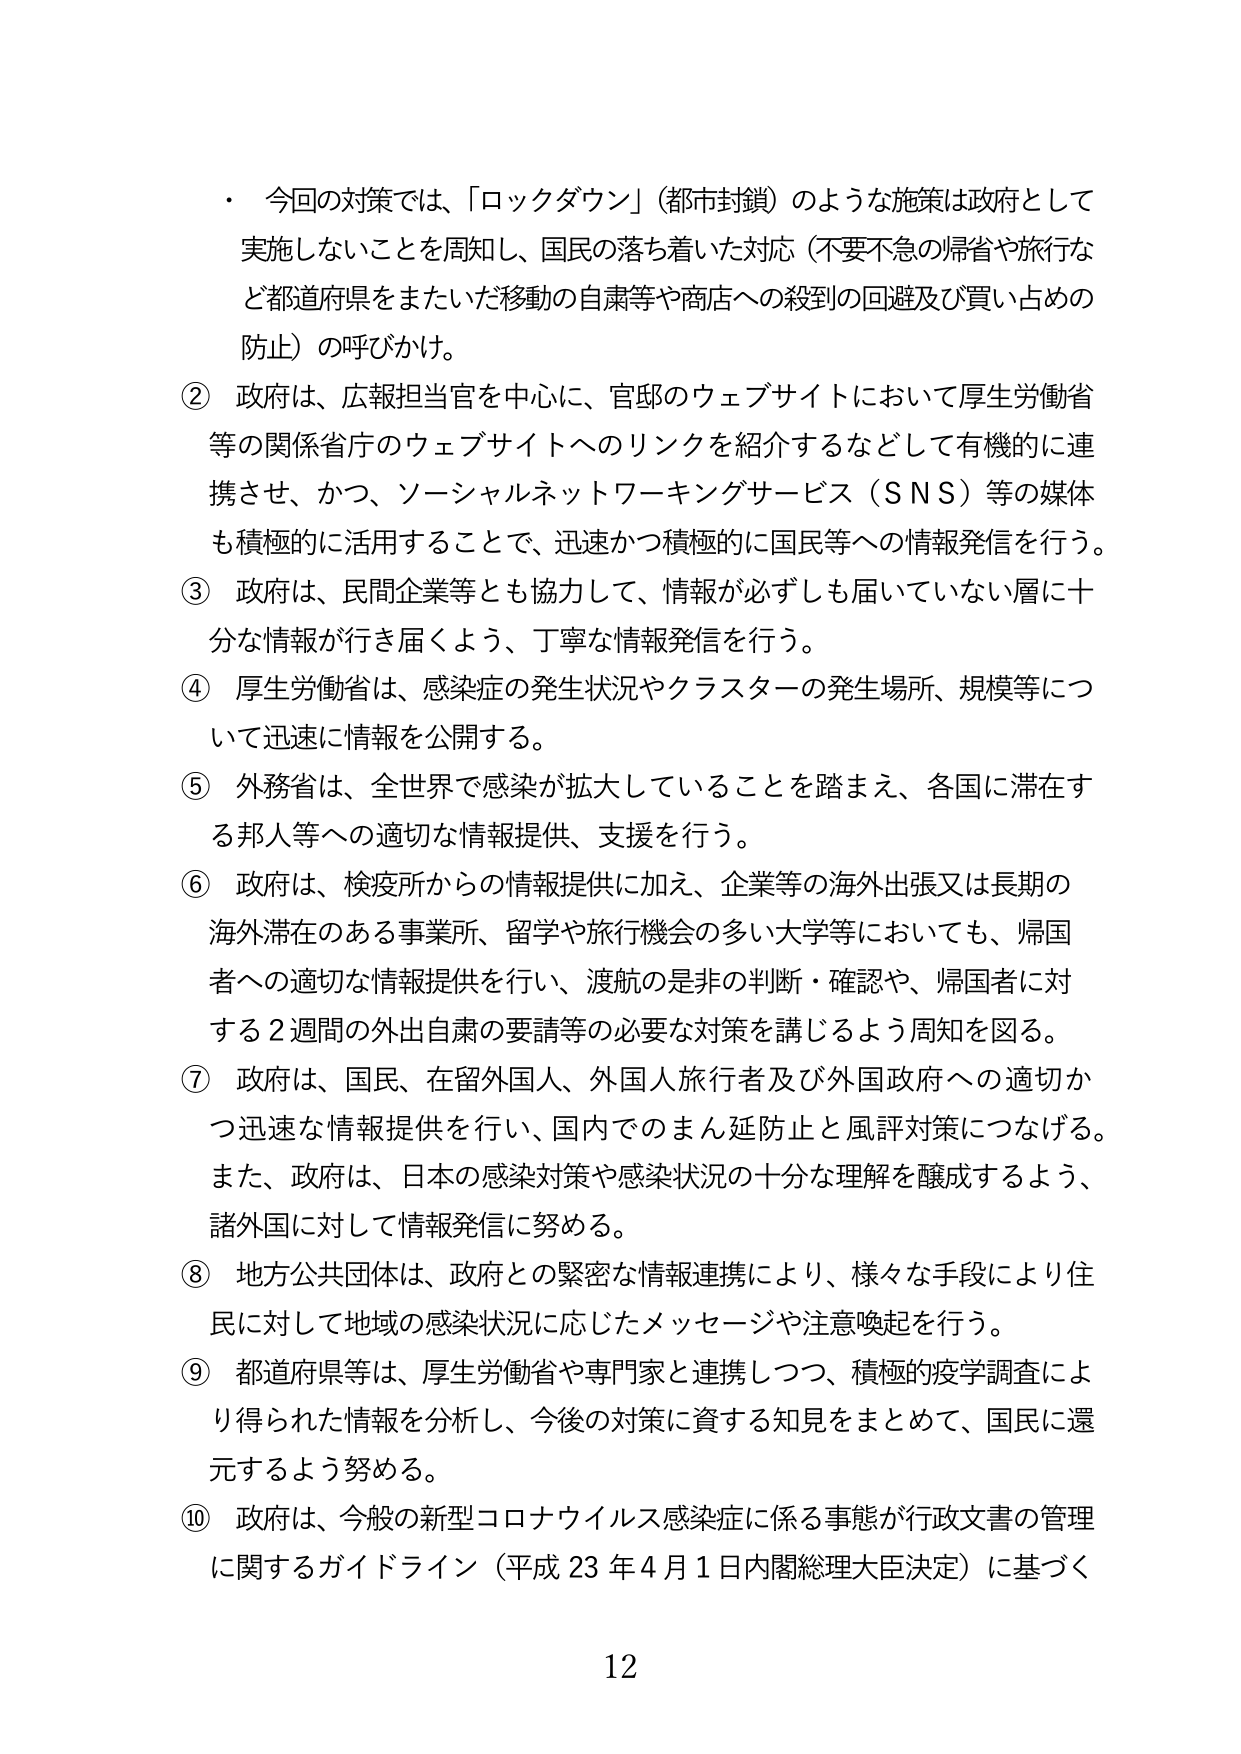
・ 今回の対策では、「ロックダウン」（都市封鎖）のような施策は政府として実施しないことを周知し、国民の落ち着いた対応（不要不急の帰省や旅行など都道府県をまたいだ移動の自粛等や商店への殺到の回避及び買い占めの防止）の呼びかけ。

② 政府は、広報担当官を中心に、官邸のウェブサイトにおいて厚生労働省等の関係省庁のウェブサイトへのリンクを紹介するなどして有機的に連携させ、かつ、ソーシャルネットワーキングサービス（SNS）等の媒体も積極的に活用することで、迅速かつ積極的に国民等への情報発信を行う。

③ 政府は、民間企業等とも協力して、情報が必ずしも届いていない層に十分な情報が行き届くよう、丁寧な情報発信を行う。

④ 厚生労働省は、感染症の発生状況やクラスターの発生場所、規模等について迅速に情報を公開する。

⑤ 外務省は、全世界で感染が拡大していることを踏まえ、各国に滞在する邦人等への適切な情報提供、支援を行う。

⑥ 政府は、検疫所からの情報提供に加え、企業等の海外出張又は長期の海外滞在のある事業所、留学や旅行機会の多い大学等においても、帰国者への適切な情報提供を行い、渡航の是非の判断・確認や、帰国者に対する2週間の外出自粛の要請等の必要な対策を講じるよう周知を図る。

⑦ 政府は、国民、在留外国人、外国人旅行者及び外国政府への適切かつ迅速な情報提供を行い、国内でのまん延防止と風評対策につなげる。また、政府は、日本の感染対策や感染状況の十分な理解を醸成するよう、諸外国に対して情報発信に努める。

⑧ 地方公共団体は、政府との緊密な情報連携により、様々な手段により住民に対して地域の感染状況に応じたメッセージや注意喚起を行う。

⑨ 都道府県等は、厚生労働省や専門家と連携しつつ、積極的疫学調査により得られた情報を分析し、今後の対策に資する知見をまとめて、国民に還元するよう努める。

⑩ 政府は、今般の新型コロナウイルス感染症に係る事態が行政文書の管理に関するガイドライン（平成23年4月1日内閣総理大臣決定）に基づく

12